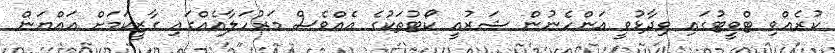
ކުރެއްވި ޓްވީޓުގައި ވިދާޅުވީ އަންހެނުން ޝަރުއީ ކޯޓުތަކުގެ އެއްވެސް މަރުހަލާއެއްގައި ގާޒީކަމަށް އައްޔަން